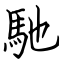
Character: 馳